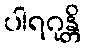
ပါရဂုန္တိ